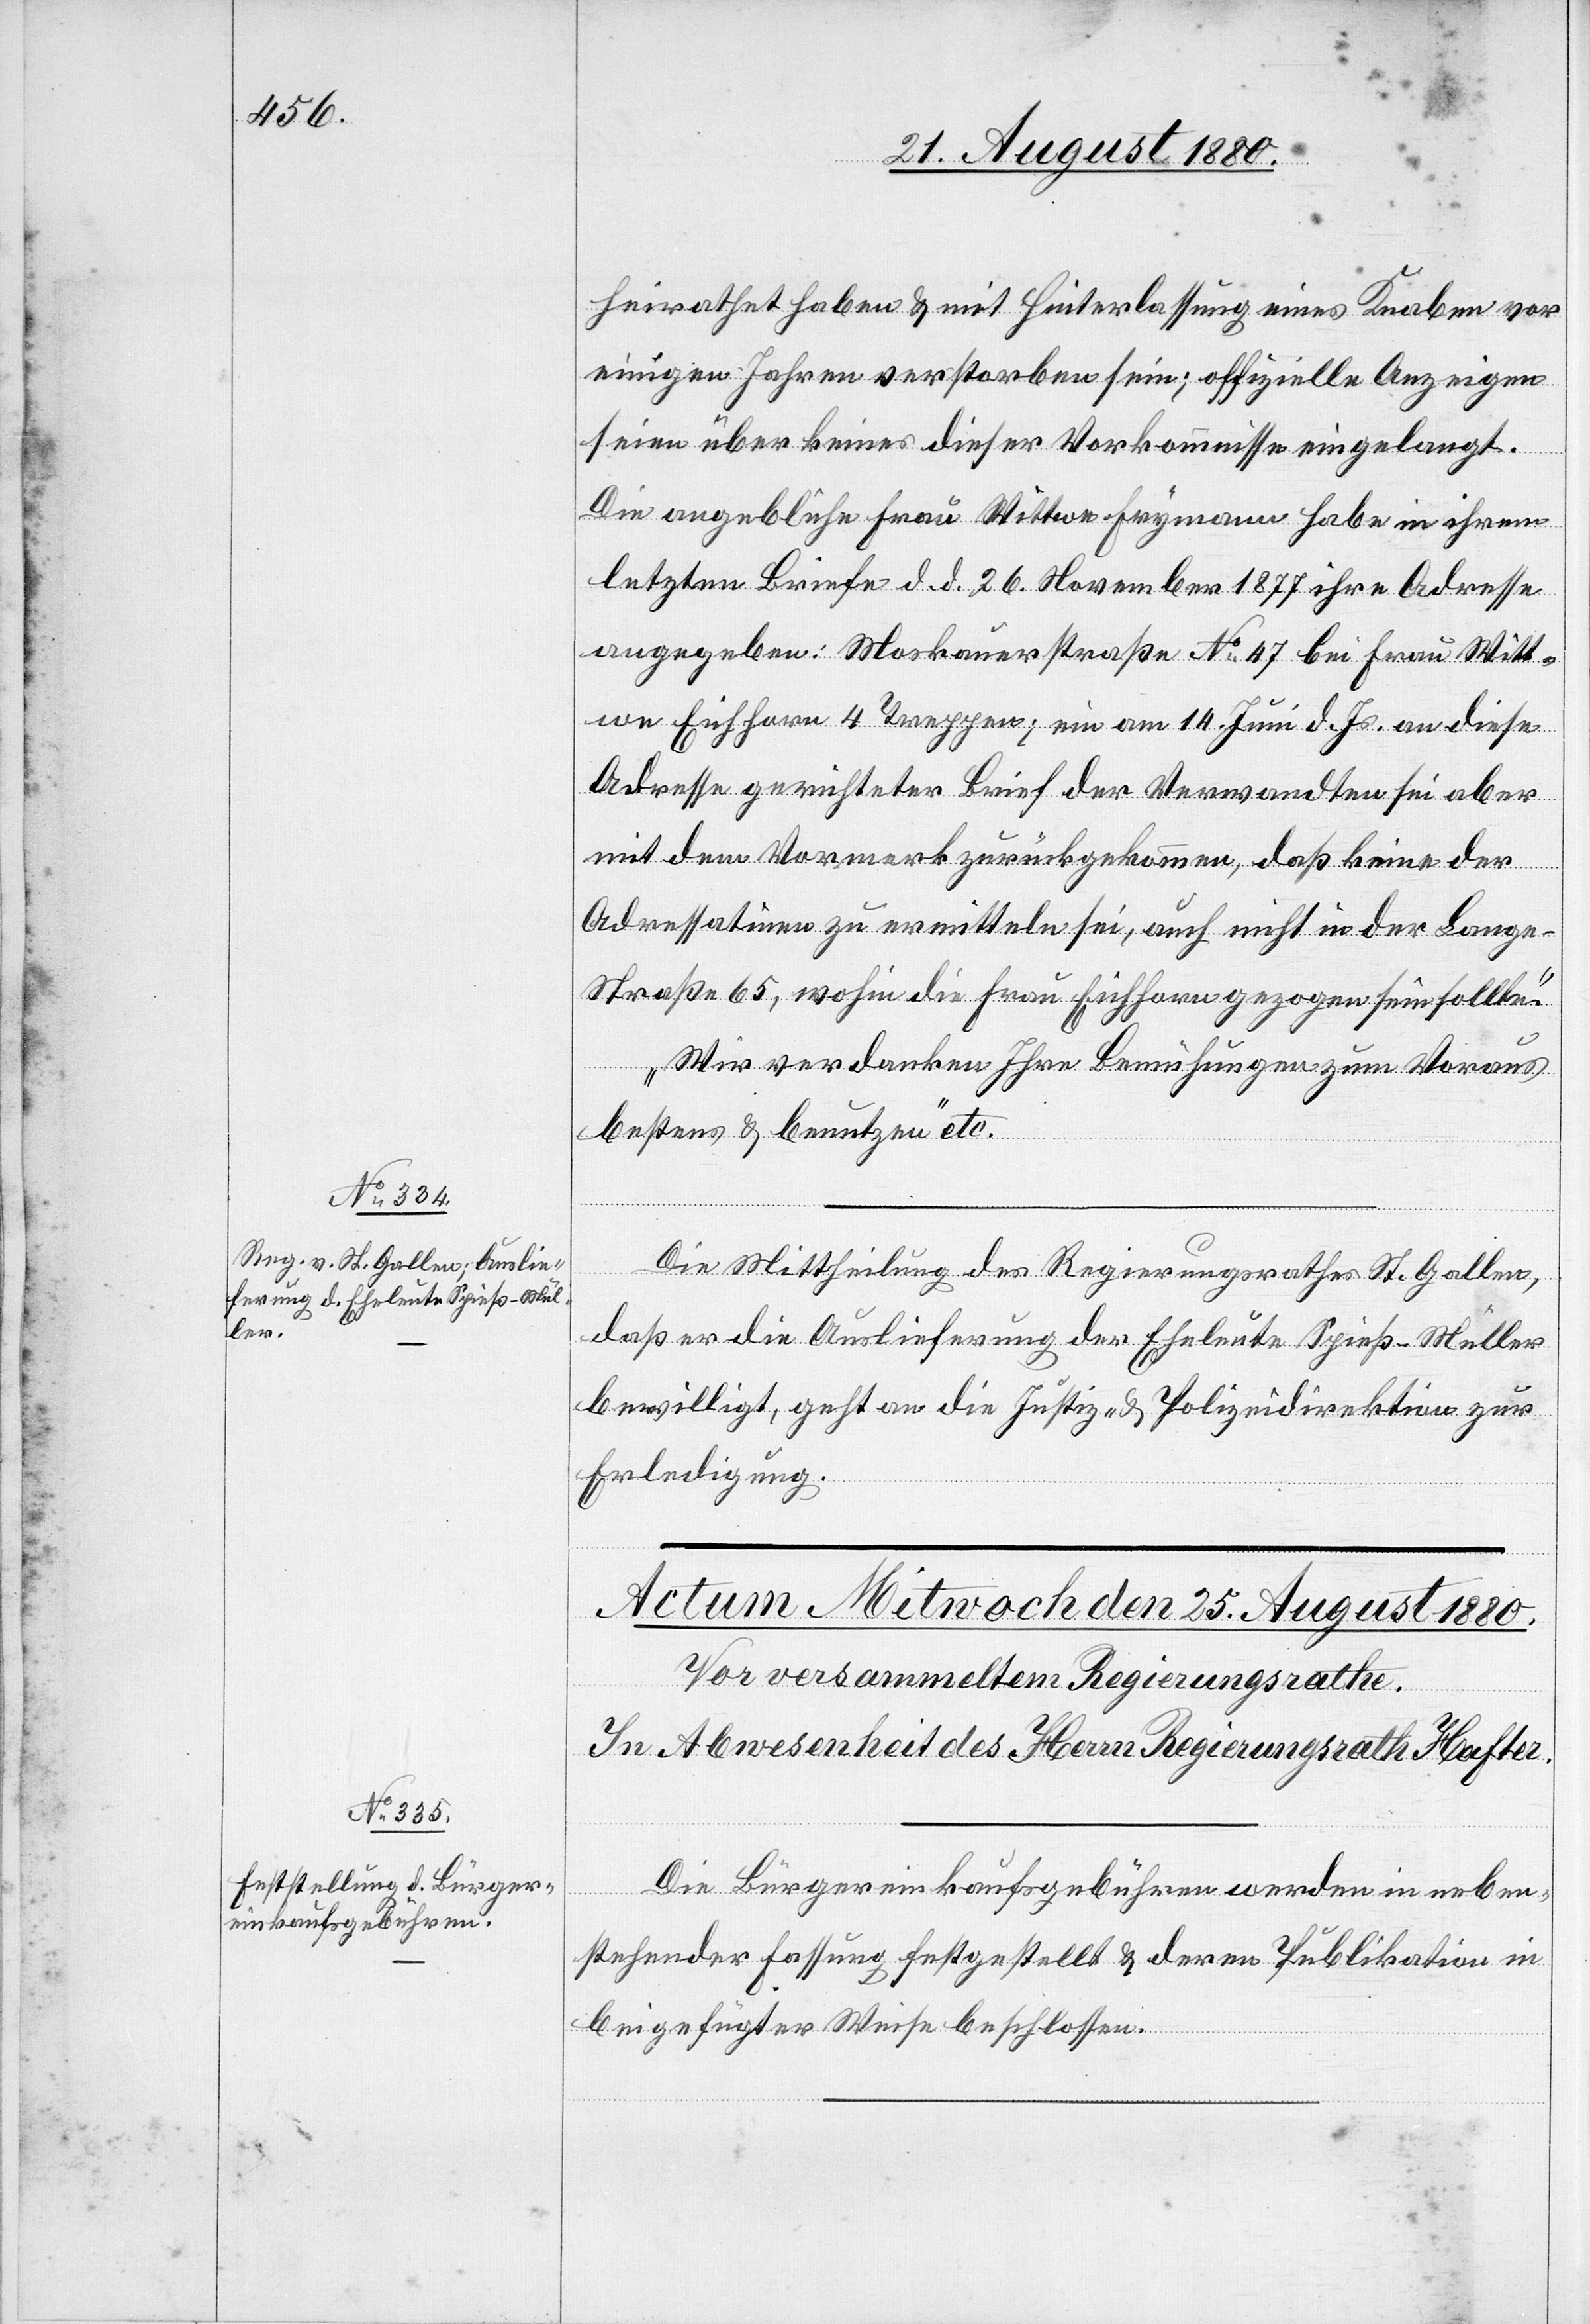
24. August 1880.]
heirathet haben & mit Hinterlassung eines Knaben vor
einigen Jahren verstorben sein; offizielle Anzeigen
seien über keines dieser Vorkommnisse eingelangt.
Die angebliche Frau Wittwe Frymann habe in ihren
letzten Briefen d. d. 26. November 1877 ihre Adresse
angegeben: Moskauerstraße No 47 bei Frau Witt¬
we Eichhorn 4 Treppen; ein am 14. Juni d. Js. an diese
Adresse gerichteter Brief der Verwandten sei aber
mit dem Vormerk zurückgekommen, daß keine der
Adressatinnen zu ermitteln sei, auch nicht in der Lang¬
e-Straße 65, wohin die Frau Eichhorn gezogen sein solle.
Wir verdanken Ihre Bemühungen zum Voraus
bestens & benutzen“ etc.
Die Mittheilung des Regierungsrathes St. Gallen,
daß er die Auslieferung der Eheleute Spieß-Müller
bewilligt, geht an die Justiz- & Polizeidirektion zur
Erledigung.
Die Bürgereinkaufsgebühren werden in neben¬
stehender Fassung festgestellt & deren Publikation in
beigefügter Weise beschlossen.